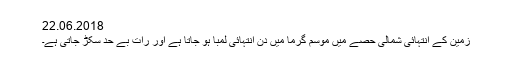
22.06.2018
زمین کے انتہائی شمالی حصے میں موسم گرما میں دن انتہائی لمبا ہو جاتا ہے اور رات بے حد سکڑ جاتی ہے۔